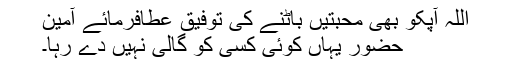
اللہ آپکو بھی محبتیں باٹنے کی توفیق عطافرمائے آمین
حضور یہاں کوئی کسی کو گالی نہیں دے رہا۔